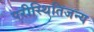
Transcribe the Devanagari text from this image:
परीस्थितिजन्य